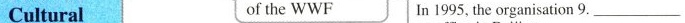
Cultural of the WWF In 1995, the organisation 9___.